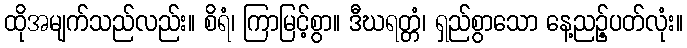
ထိုအမျက်သည်လည်း။ စိရံ၊ ကြာမြင့်စွာ။ ဒီဃရတ္တံ၊ ရှည်စွာသော နေ့ညဉ့်ပတ်လုံး။